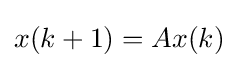
x(k+1)=Ax(k)